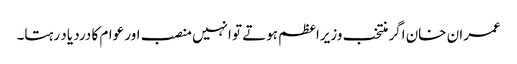
عمران خان اگر منتخب وزیراعظم ہوتے تو انہیں منصب اور عوام کا درد یاد رہتا۔